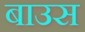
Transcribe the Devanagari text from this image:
बाउस